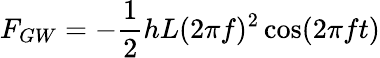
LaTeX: F_{GW}=-\frac{1}{2}hL(2\pi f)^{2}\cos(2\pi ft)